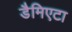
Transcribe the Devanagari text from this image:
डैमिएटा